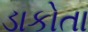
ડાકોતા